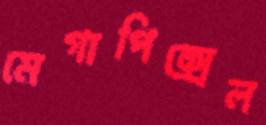
মেগাপিক্সেল